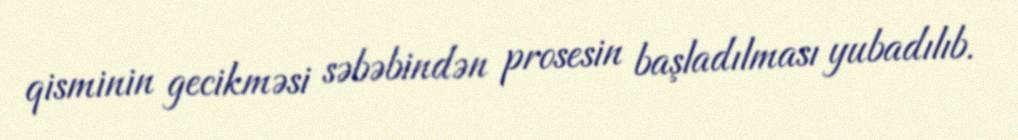
qisminin gecikməsi səbəbindən prosesin başladılması yubadılıb.